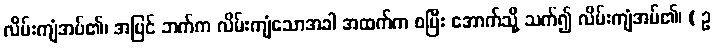
လိမ်းကျံအပ်၏၊ အပြင် ဘက်က လိမ်းကျံသောအခါ အထက်က စပြီး အောက်သို့ သက်၍ လိမ်းကျံအပ်၏၊ ( ဥ